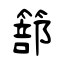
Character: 篰